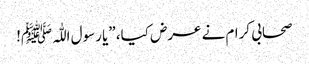
صحابی کرام نے عرض کیا، ”یا رسول اللّٰہﷺ!